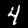
Label: 4